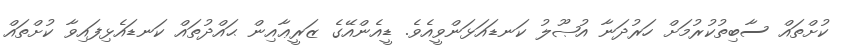
ކުށްތައް ސާބިތުކުރުމަށް ހަރުދަނާ އުޞޫލު ކަނޑައަޅަންވީއެވެ. ޑީއެންއޭގެ ޒަރީޢާއިން ޙައްދުތައް ކަނޑައެޅިފައިވާ ކުށްތައް